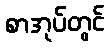
စာအုပ်တွင်